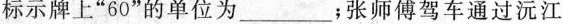
标示牌上”60”的单位为________；张师傅驾车通过沅江